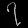
Digit: ၇